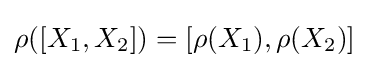
\rho ([X_{1},X_{2}])=[\rho (X_{1}),\rho (X_{2})]